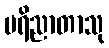
ပရိညာတာသု